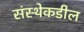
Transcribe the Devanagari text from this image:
संस्थेकडील